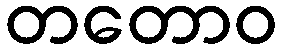
တတောဝ